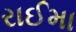
રાઈમા